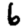
Digit: 6